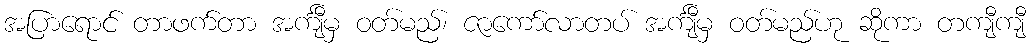
အပြာရောင် တာဖက်တာ အင်္ကျီမှ ဝတ်မည်၊ ဇာကော်လာတပ် အင်္ကျီမှ ဝတ်မည်ဟု ဆိုကာ တကျီကျီ